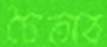
চৈতাব